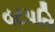
વટપતિ